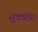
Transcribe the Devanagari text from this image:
सूत्रधार।